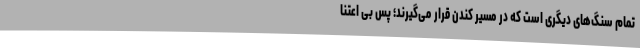
تمام سنگ‌های دیگری است که در مسیر کندن قرار می‌گیرند؛ پس بی اعتنا